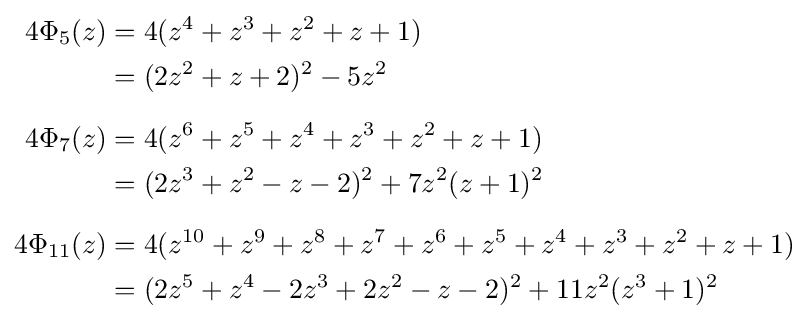
{\begin{aligned}4\Phi _{5}(z)&=4(z^{4}+z^{3}+z^{2}+z+1)\\&=(2z^{2}+z+2)^{2}-5z^{2}\\[6pt]4\Phi _{7}(z)&=4(z^{6}+z^{5}+z^{4}+z^{3}+z^{2}+z+1)\\&=(2z^{3}+z^{2}-z-2)^{2}+7z^{2}(z+1)^{2}\\[6pt]4\Phi _{11}(z)&=4(z^{10}+z^{9}+z^{8}+z^{7}+z^{6}+z^{5}+z^{4}+z^{3}+z^{2}+z+1)\\&=(2z^{5}+z^{4}-2z^{3}+2z^{2}-z-2)^{2}+11z^{2}(z^{3}+1)^{2}\end{aligned}}